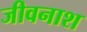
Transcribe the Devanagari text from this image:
जीवनाश